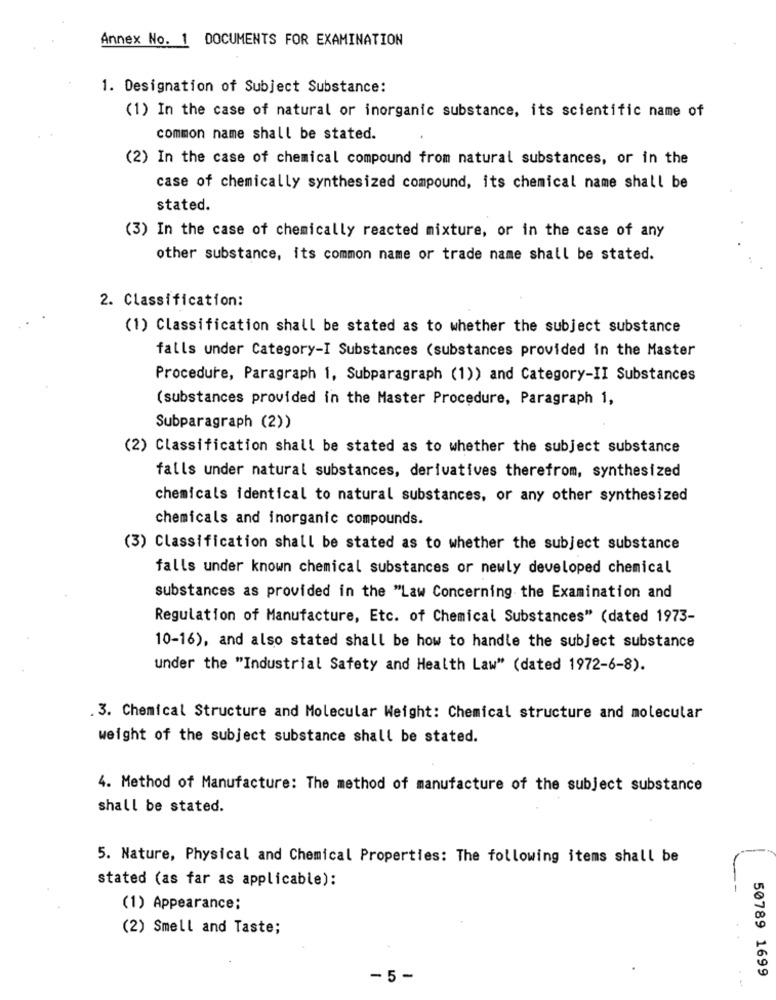
Annex No. 1 DOCUMENTS FOR EXAMINATION
1. Designation of Subject Substance:
(1) In the case of natural or inorganic substance, its scientific name of
common name shall be stated.
(2) In the case of chemical compound from natural substances, or in the
case of chemically synthesized compound, its chemical name shall be
stated.
(3) In the case of chemically reacted mixture, or in the case of any
other substance, its common name or trade name shall be stated.
2. Classification:
(1) Classification shall be stated as to whether the subject substance
falls under Category-I Substances (substances provided in the Master
Procedure, Paragraph 1, Subparagraph (1)) and Category-II Substances
(substances provided in the Master Procedure, Paragraph 1,
Subparagraph (2))
(2) Classification shall be stated as to whether the subject substance
falls under natural substances, derivatives therefrom, synthesized
chemicals identical to natural substances, or any other synthesized
chemicals and inorganic compounds.
(3) Classification shall be stated as to whether the subject substance
falls under known chemical substances or newly developed chemical
substances as provided in the "Law Concerning the Examination and
Regulation of Manufacture, Etc. of Chemical Substances" (dated 1973-
10-16), and also stated shall be how to handle the subject substance
under the "Industrial Safety and Health Law" (dated 1972-6-8).
. 3. Chemical Structure and Molecular Weight: Chemical structure and molecular
weight of the subject substance shall be stated.
4. Method of Manufacture: The method of manufacture of the subject substance
shall be stated.
5. Nature, Physical and Chemical Properties: The following items shall be
stated (as far as applicable):
-
(1) Appearance:
(2) Smell and Taste;
50789 1699
-5-